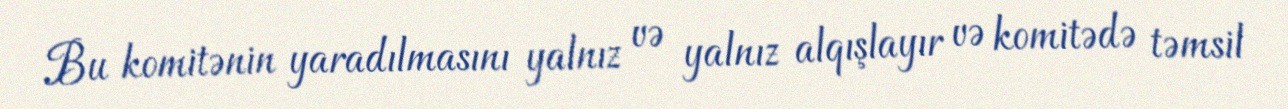
Bu komitənin yaradılmasını yalnız və yalnız alqışlayır və komitədə təmsil